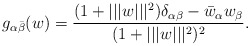
\begin{align*}g_{\alpha\bar \beta}(w) = {(1+|||w|||^2)\delta_{\alpha\beta} - \bar w_\alpha w_\beta \over (1+|||w|||^2)^2} .\end{align*}